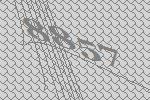
8857